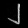
Digit: ၂